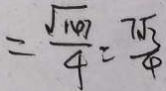
= \frac { \sqrt { 1 4 7 } } { 4 } = \frac { 7 \sqrt { 3 } } { 4 }